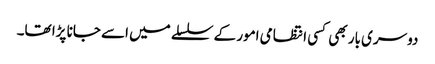
دوسری بار بھی کسی انتظامی امور کے سلسلے میں اسے جانا پڑا تھا۔